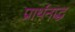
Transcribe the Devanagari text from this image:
प्रार्थनाद्ध